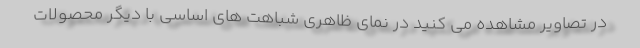
در تصاویر مشاهده می کنید در نمای ظاهری شباهت های اساسی با دیگر محصولات